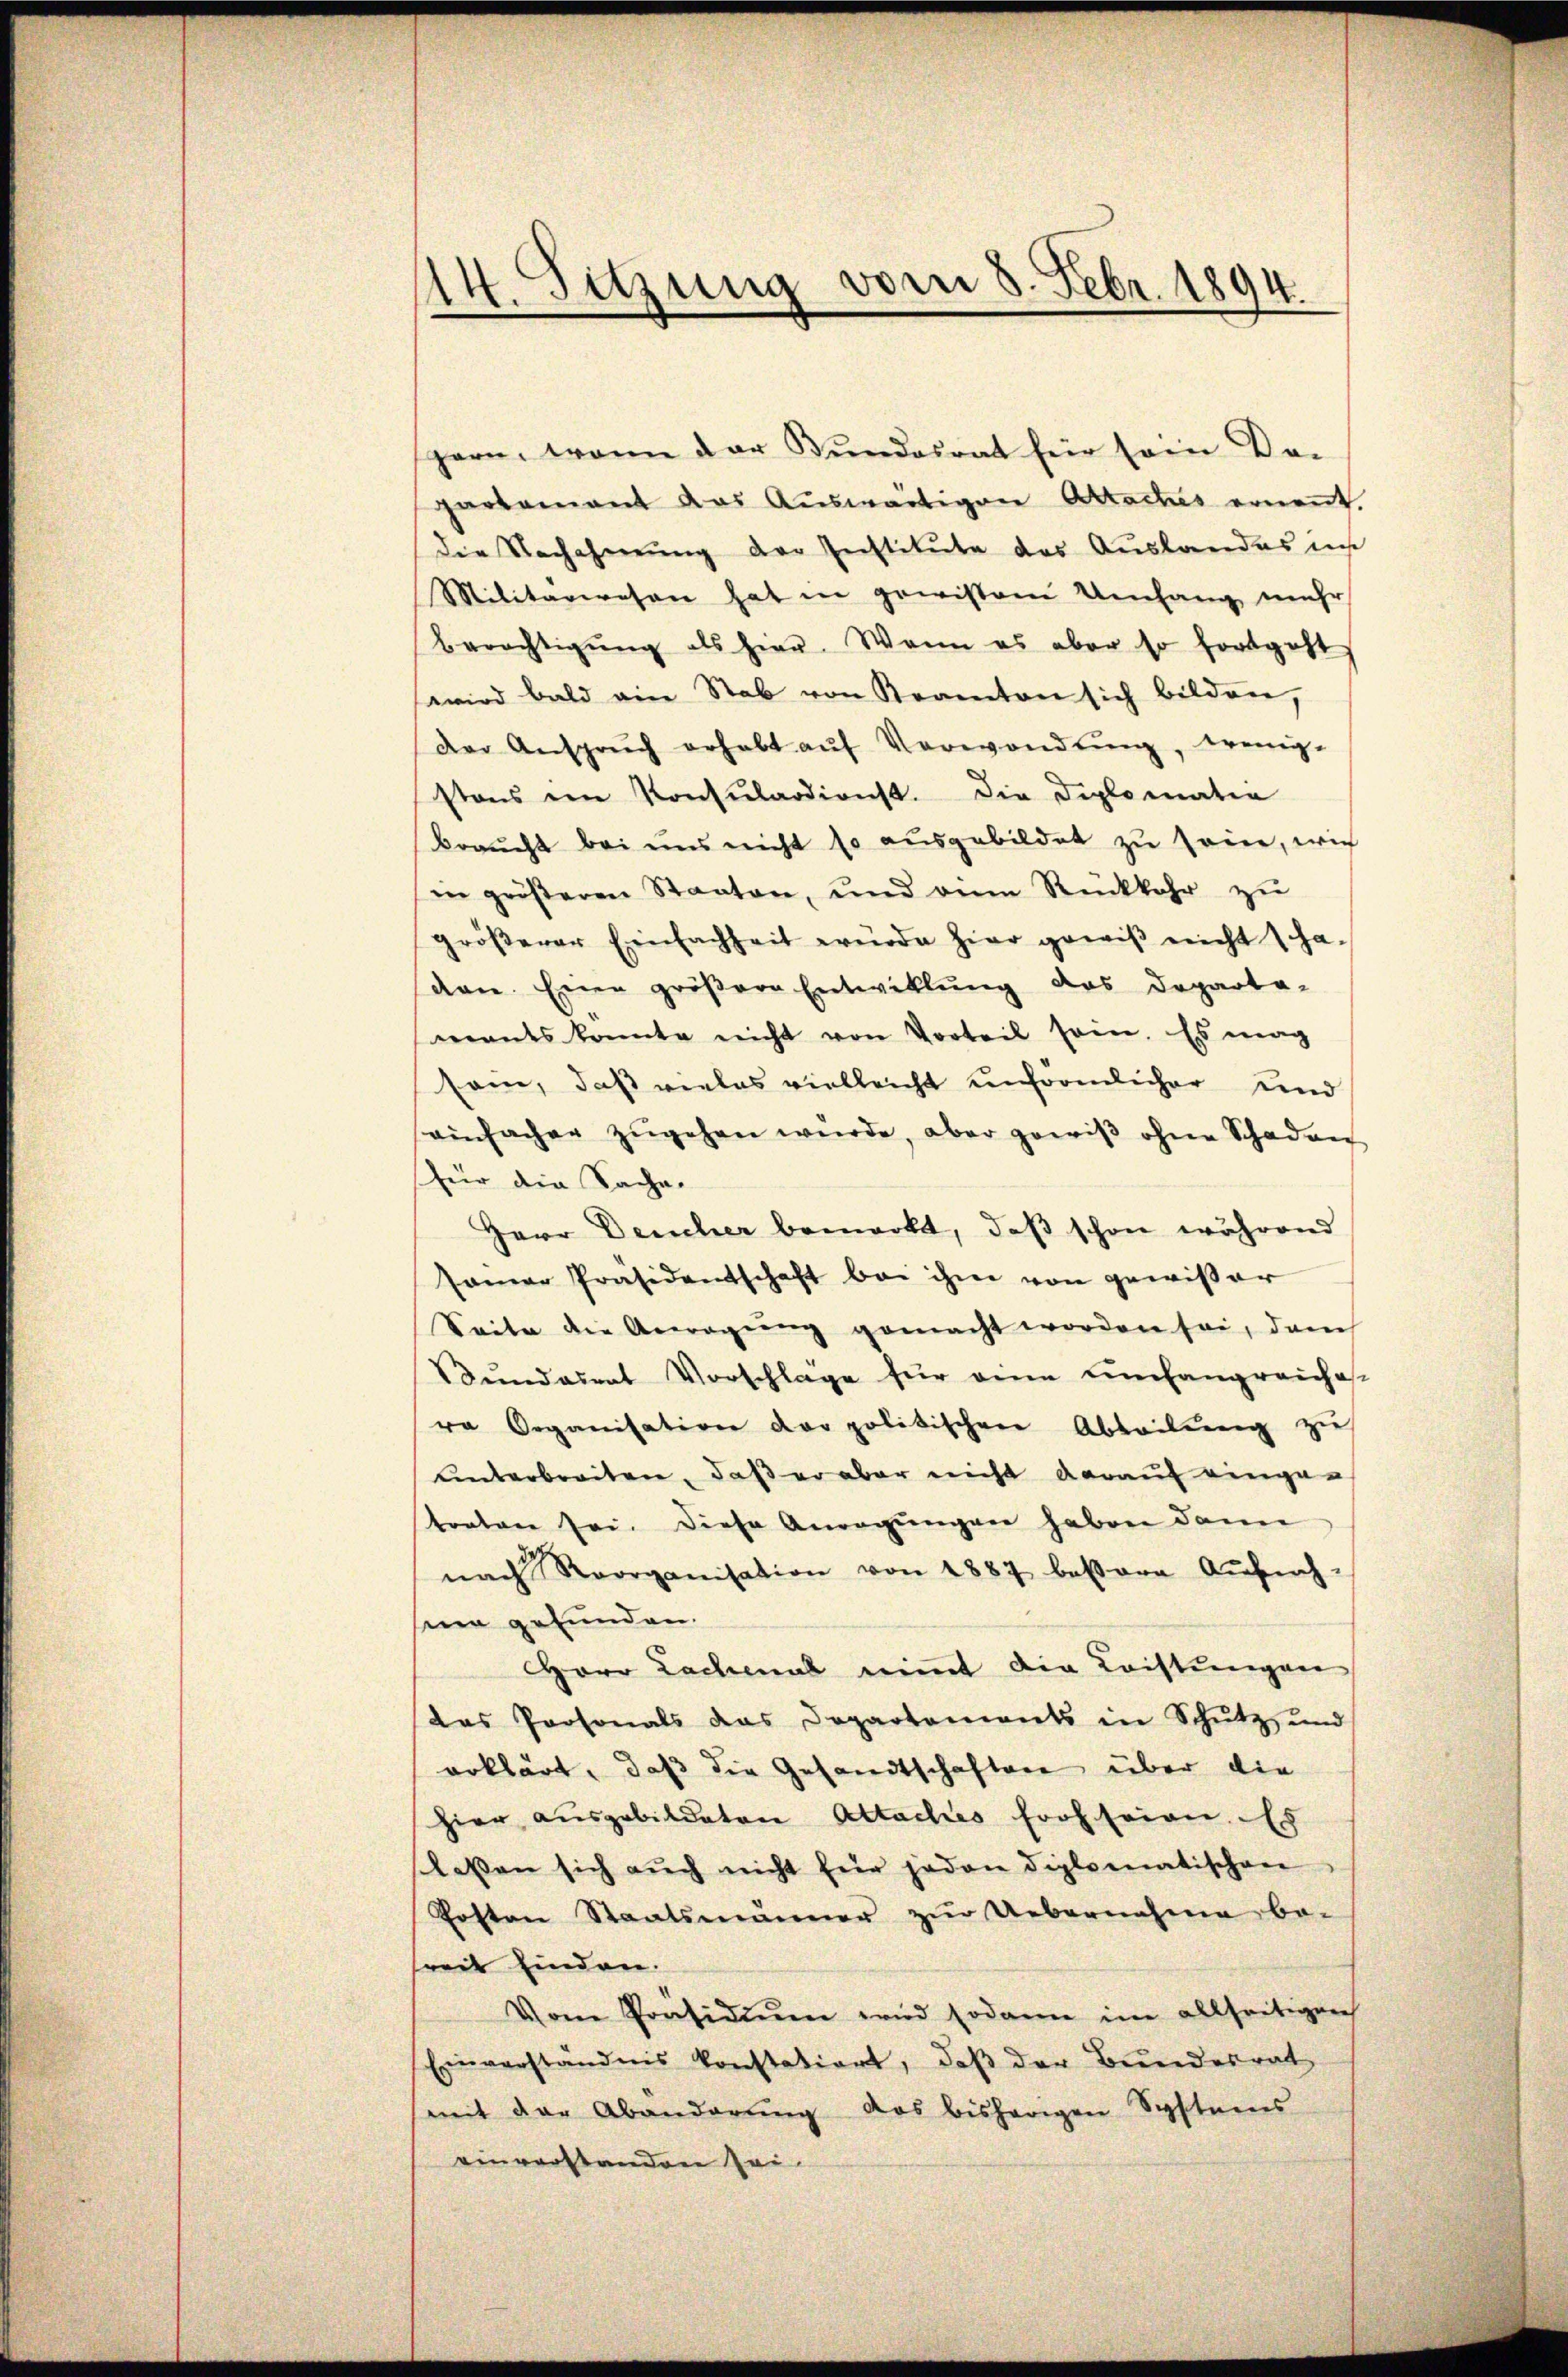
14. Sitzung vom 8. Febr. 1894.

gern, wenn der Bundesrat für sein De-
partement das Aŭswärtigen Aractes ernennt.
die Nachahmung der Institute des Auslandes ins
Militärwesen hat in gewissem Umfang mehr
Berechtigŭng als hier. Wenn es aber so fortgeht
wird bald ein Stab von Beamten sich bilden,
Der Ansprŭch erhebt aŭf Verwendŭng, wenig-
stens ein Konsŭlardienst. Die Diplomatio
braucht bei uns nicht so ausgebildet zu sein, wie
in gröβeren Staaten, und eine Rückkehr zu
gröβerer Einfachheit würde hier gewiß nicht schaden. Eine größere Entwicklung des Departa-
mants konnte nicht von Vorteil sein. Es mag
sam, daß vieles vielleicht unförmlicher und
einfacher zŭgehen würde, aber gewiβ ohne Schaden
für die Sache.
Herr Deucher bemerkt, daß schon während
samer Präsidentschaft bei ihm von gewißer
Seite die Anregŭng gemacht worden sei, dem
Bŭndesrat Vorschlage für eine umfangreiche-
re Organisation der politischen Abteilŭng zŭ
unterbreiten, daß er aber nicht darauf eingetoatone sei. Diese Anregungen haben dann
nach Reorganisation von 1887 bessere Aŭfnah-
sina gefunden.
Herr Lachmal nimmt die Leistungen
das Personals das Departements in Schŭtz und
erklärt, daß die Gesandtschaften über die
hier ausgebildeten Attaches froh seien. Es
lassen sich aŭch nicht für jeden diplomatischen
Posten Staatsmänner zur Uebernahme be-
reit finden.
Vom Präsidiŭm wird sodann im allseitigen
Einverständnis konstatiort, daβ der Bundesrat
mit der Abänderŭng das bisherigen Syftnens
einverstanden sei